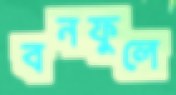
বনফুলে